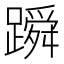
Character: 𬧓